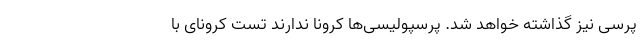
پرسی نیز گذاشته خواهد شد. پرسپولیسی‌ها کرونا ندارند تست کرونای با